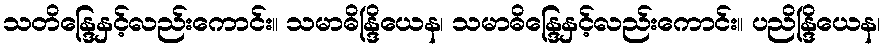
သတိန္ဒြေနှင့်လည်းကောင်း။ သမာဓိန္ဒြိယေန၊ သမာဓိန္ဒြေနှင့်လည်းကောင်း။ ပညိန္ဒြိယေန၊